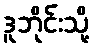
ဒူဘိုင်းသို့